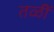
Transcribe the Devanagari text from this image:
तळीं